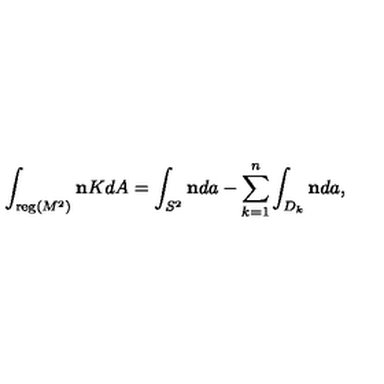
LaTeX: \int _ { { \mathrm { \small { r e g } } } ( M ^ { 2 } ) } { \bf n } K d A = \int _ { S ^ { 2 } } { \bf n } d a - \sum _ { k = 1 } ^ { n } \int _ { D _ { k } } { \bf n } d a ,